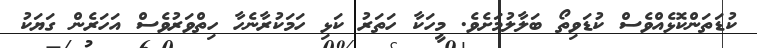
ކުޑަތަންކޮޅެއްވެސް ކުޑަވިތޯ ބަލާލުމަށެވެ. މީހަކާ ހަތަރު ކަޅި ހަމަކުރާނެހާ ހިތްވަރުވެސް އަހަރެން ގަޔަކު